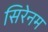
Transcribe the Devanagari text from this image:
सिरेनम